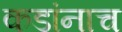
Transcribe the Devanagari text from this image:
कडांनाच